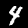
Label: 4